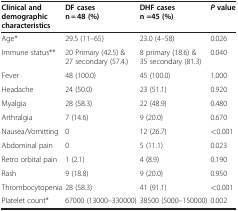
| Clinical and demographic characteristics | DF cases n = 48 (%) | DHF cases n =45 (%) | P value |
 | --- | --- | --- | --- |
 | Age* | 29.5 (11–65) | 23.0 (4–58) | 0.026 |
 | Immune status** | 20 Primary (42.5) & 27 secondary (57.4.) | 8 primary (18.6) & 35 secondary (81.3) | 0.040 |
 | Fever | 48 (100.0) | 45 (100.0) | 1.000 |
 | Headache | 24 (50.0) | 23 (51.1) | 0.920 |
 | Myalgia | 28 (58.3) | 22 (48.9) | 0.480 |
 | Arthralgia | 7 (14.6) | 9 (20.0) | 0.670 |
 | Nausea/Vomitting | 0 | 12 (26.7) | <0.001 |
 | Abdominal pain | 0 | 5 (11.1) | 0.023 |
 | Retro orbital pain | 1 (2.1) | 4 (8.9) | 0.190 |
 | Rash | 9 (18.8) | 9 (20.0) | 0.950 |
 | Thrombocytopenia | 28 (58.3) | 41 (91.1) | <0.001 |
 | Platelet count* | 67000 (13000–330000) | 38500 (5000–150000) | 0.002 |